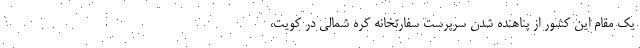
یک مقام این کشور از پناهنده شدن سرپرست سفارتخانه کره شمالی در کویت،